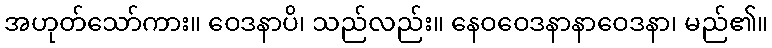
အဟုတ်သော်ကား။ ဝေဒနာပိ၊ သည်လည်း။ နေဝဝေဒနာနာဝေဒနာ၊ မည်၏။